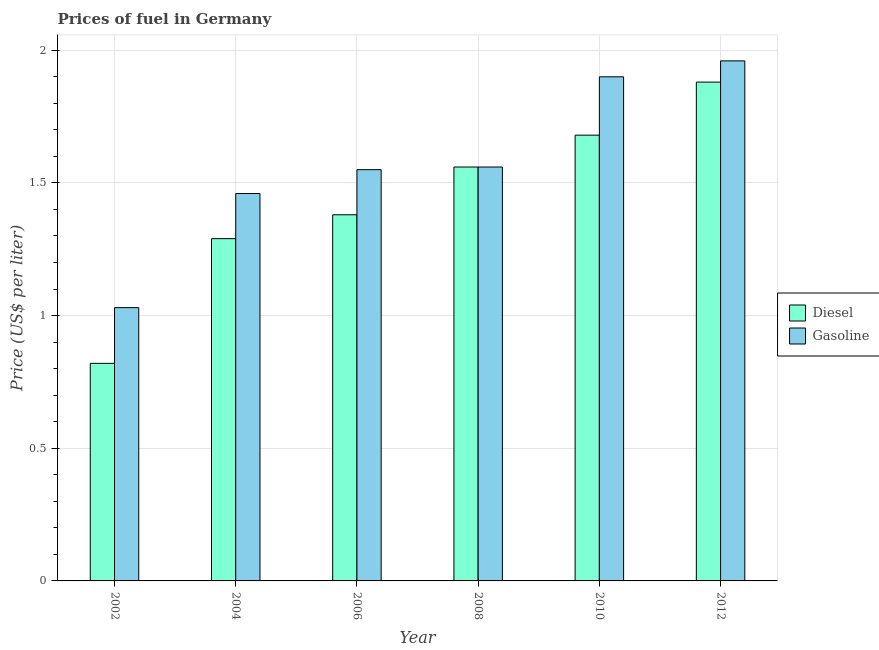
| Year | Diesel | Gasoline |
 | --- | --- | --- |
 | 2002 | 0.82 | 1.03 |
 | 2004 | 1.29 | 1.46 |
 | 2006 | 1.38 | 1.55 |
 | 2008 | 1.56 | 1.56 |
 | 2010 | 1.68 | 1.9 |
 | 2012 | 1.88 | 1.96 |